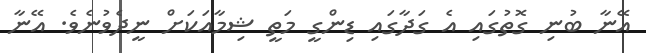
އޭނާ ބުނި ގޮތުގައި އެ ގަދާގައި ޑިންގީ މަތީ ޝިމާއަކަށް ނީދެވުނެވެ. އޭނާ